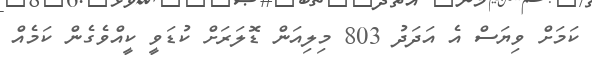
ކަމަށް ވިޔަސް އެ އަދަދު 803 މިލިއަން ޑޮލަރަށް ކުޑަވީ ކީއްވެގެން ކަމެއް